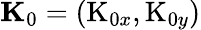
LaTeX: \textbf{K}_{0}=(\textrm{K}_{0x},\textrm{K}_{0y})